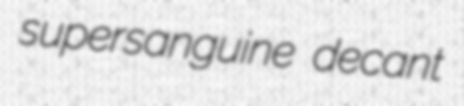
supersanguine decant